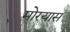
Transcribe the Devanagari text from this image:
मोरयास